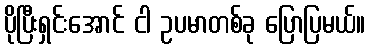
ပိုပြီးရှင်းအောင် ငါ ဥပမာတစ်ခု ပြောပြမယ်။